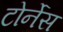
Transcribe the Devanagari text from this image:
टोर्नेस